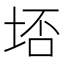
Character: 𭎟